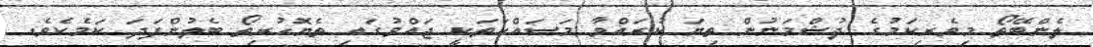
ލެންބޭތޯ މިވެރިކަމުގެ ދުޝްމަނުން ތިޔަ ކުރައްވާ މަސައްކަތަކީ ޖައްވުގައި ތެޔޮހުރިތޯ ބެލުންފަދަ ކަމެކެވެ.